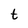
Character: t